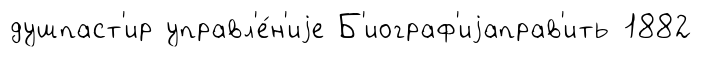
душпаст'ир управл'е́н'иjе Б'иограф'иjаправ'ить 1882